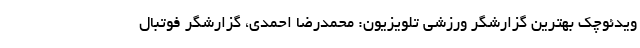
ویدئوچک بهترین گزارشگر ورزشی تلویزیون: محمدرضا احمدی، گزارشگر فوتبال